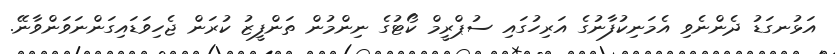
އަޅުނގަޑު ދެންނެވި އެމަނިކުފާނުގެ އަރިހުގައި ސުޕްރީމް ކޯޓުގެ ނިންމުން ތަންފީޒު ކުރަން ޖެހިވަޑައިގަންނަވަންވާނޭ.